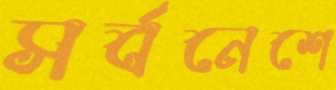
সর্বনেশে